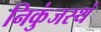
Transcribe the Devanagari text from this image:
निकुंजस्थं